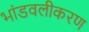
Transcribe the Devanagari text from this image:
भांडवलीकरण